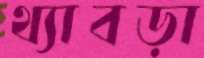
থ্যাবড়া